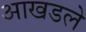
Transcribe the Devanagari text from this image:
आखडले